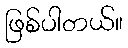
ဖြစ်ပါတယ်။